Annual report of lunatic asylums [Bombay] - 1912-1922
Year: 1912
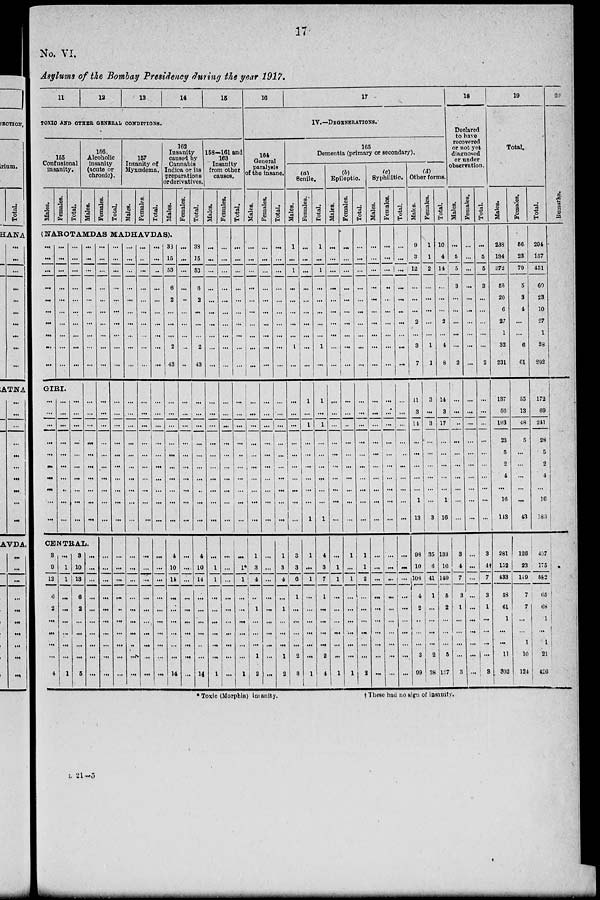
17
No. VI.
Asylums of the Bombay Presidency during the year 1917.
11
12
13
14
15
TOXIC AND OTHER GENERAL CONDITIONS.
165
Confusional
insanity.
Males.
Females.
Total.
156
Alcoholic
insanity
(acute or
chronic).
Males.
Females.
Total.
157
Insanity of
Myxœdema.
Males.
Females.
Total.
162
Insanity
caused by
Cannabis
Indica or its
preparations
derivatives.
Males.
Females.
(NAROTAMDAS MADHAVDAS).
...
...
...
...
...
...
...
...
...
...
...
...
...
...
...
...
...
...
...
...
...
...
...
...
...
...
...
...
...
...
GIRI.
...
...
...
...
...
...
...
...
...
...
...
...
...
...
...
...
...
...
...
...
...
...
...
...
...
...
...
...
...
...
...
...
...
...
...
...
...
...
...
...
...
...
...
...
...
...
...
...
...
...
CENTRAL.
3
9
12
6
2
...
...
...
...
4
...
1
1
...
...
...
...
...
...
1
3
10
13
6
2
...
...
...
...
5
...
...
...
...
...
...
...
...
...
...
...
...
...
...
...
...
...
...
...
...
...
...
...
...
...
...
...
...
...
...
...
...
...
...
...
...
...
...
...
...
...
...
...
...
...
...
...
...
...
...
...
...
...
...
...
...
...
...
...
...
...
...
...
...
...
...
...
...
...
...
...
...
...
...
...
...
...
...
...
...
...
...
...
...
...
...
...
...
...
...
...
...
...
...
...
...
...
..
...
...
...
..
...
...
...
...
...
...
...
...
...
...
...
...
...
...
...
...
...
...
...
...
...
...
...
...
...
...
...
...
...
...
...
...
...
...
...
...
...
...
...
...
...
...
...
...
...
...
...
...
...
...
...
...
...
...
...
...
...
...
38
15
53
6
2
...
...
...
2
43
...
...
...
...
...
...
...
...
...
...
4
10
14
...
...
...
...
...
...
14
...
...
...
...
..
...
...
...
...
...
...
...
...
...
...
...
...
...
...
...
...
....
...
...
...
...
...
...
...
...
Total.
38
15
53
6
2
...
...
...
2
43
...
...
...
...
...
...
...
..
...
...
4
10
14
...
...
...
...
...
...
14
158-161 and
163
Insanity
from other
causes.
Males.
...
...
...
...
...
...
...
...
...
...
...
...
...
...
...
...
...
...
...
...
...
1
1
...
...
...
...
...
...
1
Females.
...
...
...
...
...
...
...
...
...
...
...
...
...
...
...
...
...
...
...
...
...
...
...
...
...
...
...
...
...
...
Total.
...
...
...
...
...
...
...
...
...
...
...
...
...
...
...
...
...
...
...
...
...
1
1
...
...
...
...
...
...
1
16
17
IV.—DEGENERATIONS.
164
General
paralysis
of the insane.
Males.
...
...
...
...
...
...
...
...
...
...
...
...
...
...
...
...
...
...
...
...
1
3
4
..
1
...
...
...
1
2
Females.
...
...
...
...
...
...
...
...
...
...
...
...
...
...
...
...
...
...
...
...
...
...
...
...
...
...
...
...
...
...
Total.
...
...
...
...
...
...
...
...
...
...
...
...
...
...
...
...
...
...
...
...
1
3
4
...
1
...
...
...
1
2
165
Dementia (primary or secondary).
(a)
Senile.
Males.
1
...
1
...
...
...
...
...
1
...
...
...
...
...
...
...
...
...
...
...
3
3
6
1
...
...
...
...
2
3
Females.
...
...
...
...
...
...
...
...
...
...
1
...
1
...
...
...
...
...
...
1
1
...
1
...
...
...
...
...
...
1
Total.
1
...
1
...
...
...
...
...
1
...
1
...
1
...
...
...
...
...
...
1
4
3
7
1
...
...
...
...
2
4
(b)
Epileptic.
Males.
...
...
...
...
...
...
...
...
...
...
...
...
...
...
...
...
...
...
...
...
1
1
...
...
...
...
...
...
1
Females.
...
...
...
...
...
...
...
...
...
...
...
...
...
...
...
...
...
...
...
...
1
...
1
...
...
...
...
...
...
1
Total.
...
...
...
...
...
...
...
...
...
...
...
...
...
...
...
...
...
...
...
...
1
1
2
...
...
...
...
...
...
2
(c)
Syphilitic.
Males.
...
...
...
...
...
...
...
...
...
...
...
...
...
...
...
...
...
...
...
...
...
...
...
...
...
...
...
...
...
...
Females.
...
...
...
...
...
...
...
...
...
...
...
...
...
...
...
...
...
...
...
...
...
...
...
...
...
...
...
...
...
...
Total.
...
...
...
...
...
...
...
...
...
...
...
...
...
...
...
...
...
...
...
...
...
...
...
...
...
...
...
...
...
...
(d)
Other forms.
Males.
9
3
12
...
...
...
2
...
3
7
11
3
14
...
...
...
...
...
1
13
98
10
108
4
2
...
...
...
3
99
Females.
1
1
2
...
...
...
...
...
1
1
3
...
3
...
...
...
...
...
...
3
35
6
41
1
...
...
...
...
2
38
Total.
10
4
14
...
...
...
2
...
4
8
14
3
17
...
...
...
...
...
1
16
133
16
149
5
2
...
...
...
5
137
18
Declared
to have
recovered
or not yet
diagnosed
or under
observation.
Males.
...
5
5
3
...
...
...
...
...
2
...
...
...
...
...
...
...
...
...
...
3
4
7
3
1
...
...
...
...
3
Females.
...
...
...
...
...
...
...
...
...
...
...
...
...
...
...
...
...
...
...
...
...
...
...
...
...
...
...
...
...
...
Total.
...
5
5
3
...
...
...
...
...
2
...
...
...
...
...
...
...
...
...
3
4†
7
3
1
...
...
...
...
3
19
Total.
Males.
238
134
372
55
20
6
27
1
32
231
137
56
193
23
5
2
4
...
16
143
281
152
433
58
61
1
...
...
11
302
Females.
56
23
79
5
3
4
...
...
6
61
35
13
48
5
...
...
...
...
...
43
126
23
149
7
7
...
...
1
10
124
Total.
294
157
451
60
23
10
27
1
38
292
172
69
241
28
5
2
4
...
16
186
407
175
582
65
68
1
...
1
21
426
20
Remarks.
*Toxic (Morphia) insanity.
† These had no sign of insanity.
L 21—5